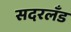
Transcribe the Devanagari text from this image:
सदरलँड